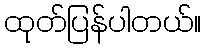
ထုတ်ပြန်ပါတယ်။